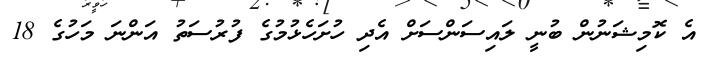
އެ ކޮމިޝަނުން ބުނީ ލައިސަންސަށް އެދި ހުށަހެޅުމުގެ ފުރުސަތު އަންނަ މަހުގެ 18